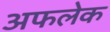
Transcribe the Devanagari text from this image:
अफलेक